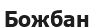
Божбан